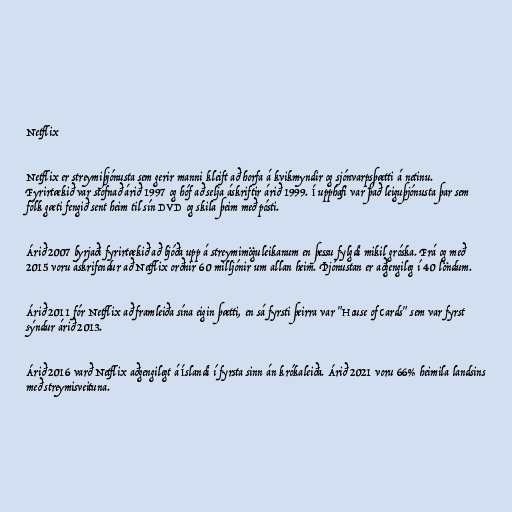
Netflix

Netflix er streymiþjónusta sem gerir manni kleift að horfa á kvikmyndir og sjónvarpsþætti á netinu.
Fyrirtækið var stofnað árið 1997 og hóf að selja áskriftir árið 1999. Í upphafi var það leiguþjónusta þar sem
fólk gæti fengið sent heim til sín DVD og skila þeim með pósti.

Árið 2007 byrjaði fyrirtækið að bjóða upp á streymimöguleikanum en þessu fylgdi mikil gróska. Frá og með
2015 voru áskrifendur að Netflix orðnir 60 milljónir um allan heim. Þjónustan er aðgengileg í 40 löndum.

Árið 2011 fór Netflix að framleiða sína eigin þætti, en sá fyrsti þeirra var "House of Cards" sem var fyrst
sýndur árið 2013.

Árið 2016 varð Netflix aðgengilegt á Íslandi í fyrsta sinn án krókaleiða. Árið 2021 voru 66% heimila landsins
með streymisveituna.